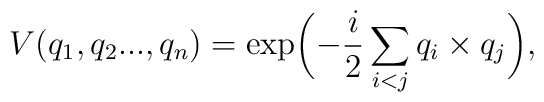
V(q_1,q_2...,q_n)=\exp\biggl(-\frac{i}{2}\sum_{i<j}q_i\times q_j\biggr),